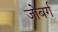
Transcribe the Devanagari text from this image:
जोबर्ग